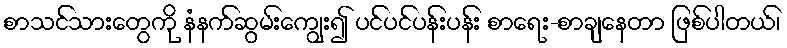
စာသင်သားတွေကို နံနက်ဆွမ်းကျွေး၍ ပင်ပင်ပန်းပန်း စာရေး-စာချနေတာ ဖြစ်ပါတယ်၊